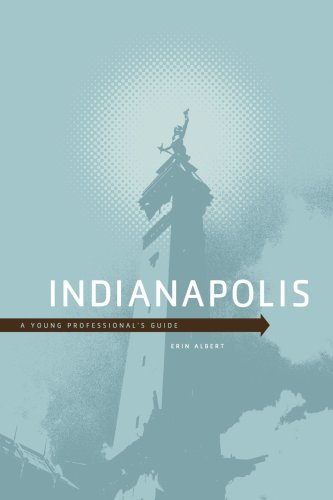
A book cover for Indianapolis: A Young Professional's Guide; Erin Albert; Travel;